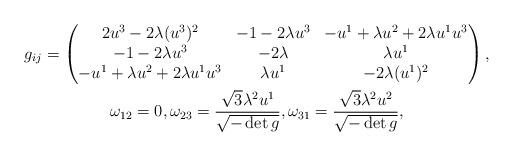
LaTeX: \begin{gather*}g_{ij}=\begin{pmatrix}2u^3-2\lambda(u^3)^2 & -1-2\lambda u^3 & -u^1+\lambda u^2+2\lambda u^1 u^3\\-1-2\lambda u^3 & -2\lambda & \lambda u^1 \\ -u^1+\lambda u^2+2\lambda u^1 u^3 & \lambda u^1 & -2\lambda(u^1)^2\end{pmatrix}, \\\omega_{12}=0,\omega_{23}=\frac{\sqrt{3}\lambda^2u^1}{\sqrt{-\det g}},\omega_{31}=\frac{\sqrt{3}\lambda^2u^2}{\sqrt{-\det g}},\end{gather*}